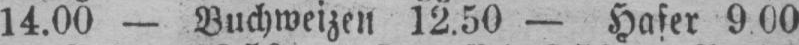
14.00 - Buchweizen 12.50 - Hafer 9.00